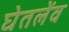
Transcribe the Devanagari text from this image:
घेतलेंव